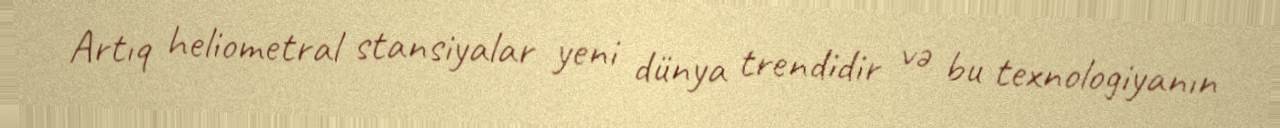
Artıq heliometral stansiyalar yeni dünya trendidir və bu texnologiyanın